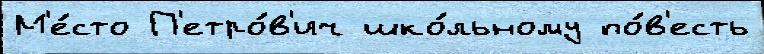
М'е́сто П'етро́в'ич шко́льному по́в'есть